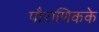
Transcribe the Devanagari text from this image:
पौराणिकके